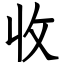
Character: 收